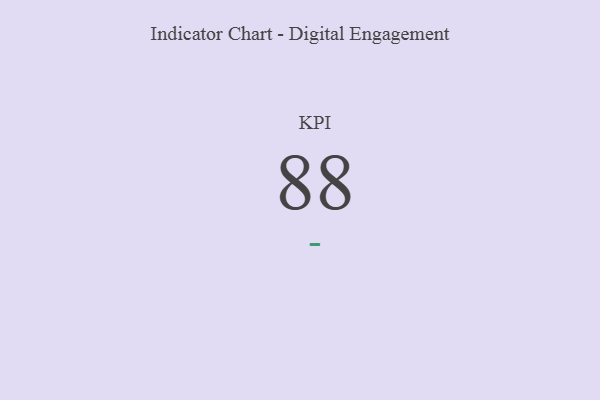
{"axis": {"x": "KPI", "y": "Value"}, "legend": [""], "data": [{"x": "KPI", "y": 88, "type": ""}]}